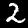
Label: 2